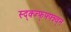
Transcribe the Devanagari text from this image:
स्द्क्ज्फ्फ्फ्न्न्व्न